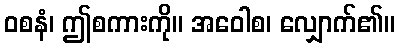
ဝစနံ၊ ဤစကားကို။ အဝေါစ၊ လျှောက်၏။